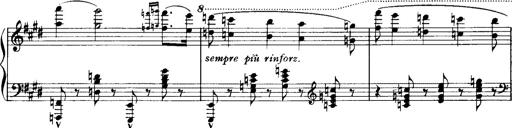
Title: Historische ungarische Bildnisse
Composer: Franz Liszt